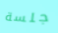
جلسة